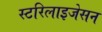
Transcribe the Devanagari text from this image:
स्टरिलाइजेसन